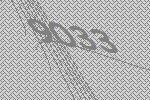
9033